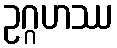
ဥဂ္ဂဟဿ